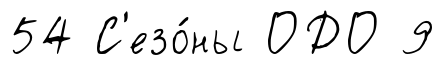
54 С'езо́ны ОДО 9